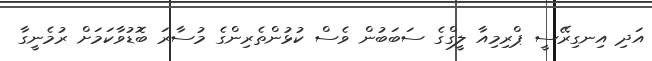
އަދި އިނގިރޭސީ ޕްރިމިއާ ލީގްގެ ސަބަބުން ވެސް ކުޅުންތެރިންގެ މުސާރަ ބޮޑުވާކަމަށް ރުމެނީގާ